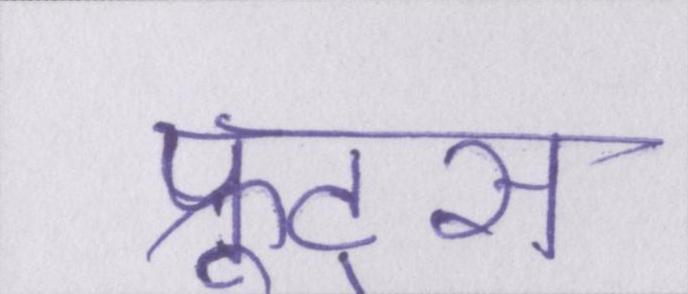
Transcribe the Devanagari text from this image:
फ्रूट्स